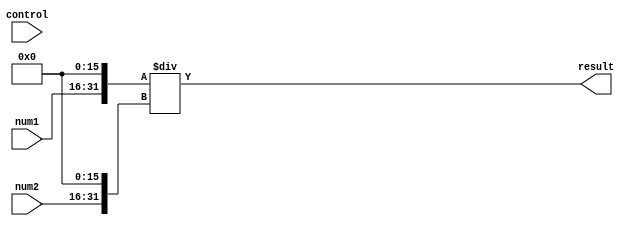
module fixed_point_divider (
    input signed [15:0] num1,
    input signed [15:0] num2,
    input [3:0] control,
    output reg signed [31:0] result
);

// Input conversion to integers
reg signed [31:0] input1;
reg signed [31:0] input2;
always @* begin
    input1 = num1 << 16;
    input2 = num2 << 16;
end

// Division operation with appropriate precision
always @* begin
    case(control)
        4'b0000: result = input1 / input2; // Perform integer division
        4'b0001: result = $signed(input1) / $signed(input2); // Perform signed integer division
        default: result = $signed(input1) / $signed(input2); // Default to signed integer division
    endcase
end

endmodule